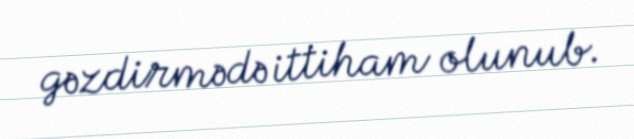
gəzdirmədə ittiham olunub.